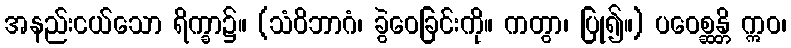
အနည်းငယ်သော ရိက္ခာ၌။ (သံဝိဘာဂံ၊ ခွဲဝေခြင်းကို။ ကတွာ၊ ပြု၍။) ပဝေစ္ဆန္တိ ဣဝ၊